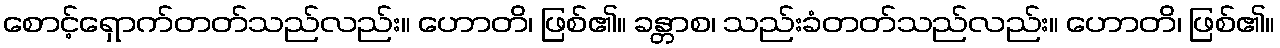
စောင့်ရှောက်တတ်သည်လည်း။ ဟောတိ၊ ဖြစ်၏။ ခန္တာစ၊ သည်းခံတတ်သည်လည်း။ ဟောတိ၊ ဖြစ်၏။